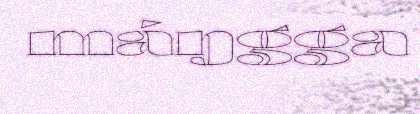
máŋgga